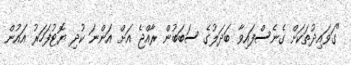
"ގަވައިދުތަކަށް ގެނެސްފައިވާ ބަދަލުގެ ސަބަބުން ރާއްޖެ އަށް އަންނަ ކުދި ޔޮޓުފަހަރު އައުން